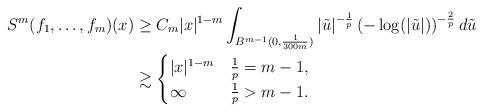
LaTeX: \begin{align*}S^m(f_1,\dots,f_m) (x) & \ge C_m |x|^{1-m} \int_{B^{m-1}(0,\frac1{300m})} |\tilde{u}|^{-\frac1p} \left(-\log(|\tilde{u}|)\right)^{-\frac{2}{p}}d\tilde{u}\\&\gtrsim \begin{cases} |x|^{1-m} & \frac1p = m-1,\\\infty & \frac1p >m-1. \end{cases}\end{align*}